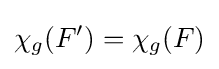
\chi _{g}(F')=\chi _{g}(F)